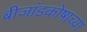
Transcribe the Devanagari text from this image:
बीजांडकोषाच्या